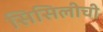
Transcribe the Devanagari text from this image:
सिसिलीची